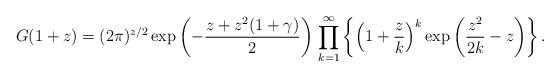
LaTeX: \begin{align*}G(1+z)=(2\pi)^{z/2} \exp\left(- \frac{z+z^2(1+\gamma)}{2} \right) \, \prod_{k=1}^\infty \left\{ \left(1+\frac{z}{k}\right)^k \exp\left(\frac{z^2}{2k}-z\right) \right\}.\end{align*}